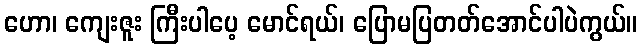
ဟော၊ ကျေးဇူး ကြီးပါပေ့ မောင်ရယ်၊ ပြောမပြတတ်အောင်ပါပဲကွယ်။